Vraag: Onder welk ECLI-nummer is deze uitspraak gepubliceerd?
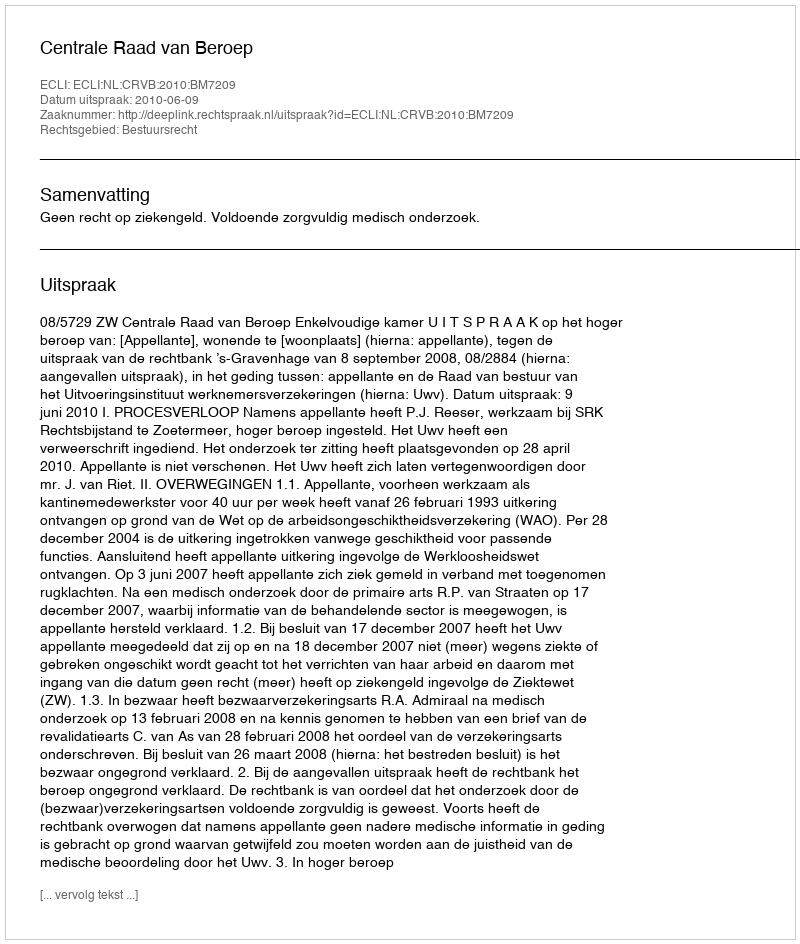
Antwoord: ECLI:NL:CRVB:2010:BM7209